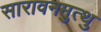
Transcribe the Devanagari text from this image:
सारावनमुत्थु